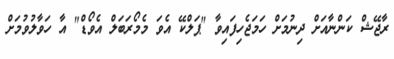
ރާޖޭޝް ކަންނާއަށް ދިނުމަށް ހަމަޖެހިފައިވާ "ޕަލްކޭ އެވަ މެމޯރަބަލް އެވޯޑް" އާ ހަވާލުވުމަށް